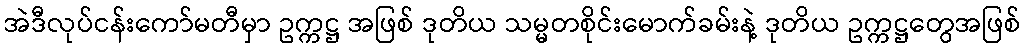
အဲဒီလုပ်ငန်းကော်မတီမှာ ဥက္ကဋ္ဌ အဖြစ် ဒုတိယ သမ္မတစိုင်းမောက်ခမ်းနဲ့ ဒုတိယ ဥက္ကဋ္ဌတွေအဖြစ်